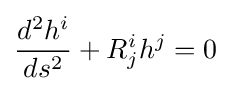
{d^{2}h^{i} \over ds^{2}}+R_{j}^{i}h^{j}=0